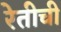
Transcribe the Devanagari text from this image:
रेतीची